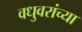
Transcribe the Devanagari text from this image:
वधुवरांच्या